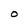
Character: O